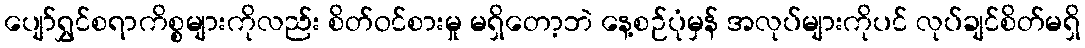
ပျော်ရွှင်စရာကိစ္စများကိုလည်း စိတ်ဝင်စားမှု မရှိတော့ဘဲ နေ့စဉ်ပုံမှန် အလုပ်များကိုပင် လုပ်ချင်စိတ်မရှိ